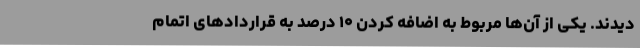
دیدند. یکی از آن‌ها مربوط به اضافه کردن ۱۰ درصد به قراردادهای اتمام